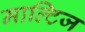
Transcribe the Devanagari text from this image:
माल्टिज